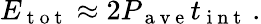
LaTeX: E_{\mathrm{~t~o~t~}}\approx 2P_{\mathrm{~a~v~e~}}t_{\mathrm{~i~n~t~}}\, .